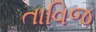
તાવિજ